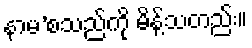
နာမ’စသည်ကို မိန့်သတည်း။